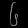
Digit: ၆